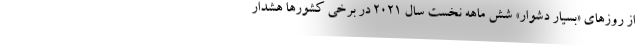
از روزهای «بسیار دشوار» شش ماهه نخست سال ۲۰۲۱ در برخی کشورها هشدار